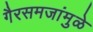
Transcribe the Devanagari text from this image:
गैरसमजांमुळे